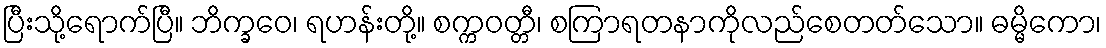
ပြီးသို့ရောက်ပြီ။ ဘိက္ခဝေ၊ ရဟန်းတို့။ စက္ကဝတ္တီ၊ စကြာရတနာကိုလည်စေတတ်သော။ ဓမ္မိကော၊